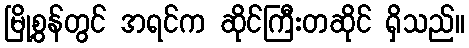
မြို့စွန်တွင် အရင်က ဆိုင်ကြီးတဆိုင် ရှိသည်။